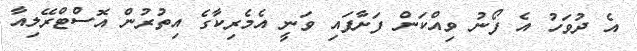
އެ ދުވަހު އެ ފޯނު ވިއްކަން ފަށާފައި ވަނީ އެމެރިކާގެ އިތުރުން އޮސްޓްރޭލިއާ